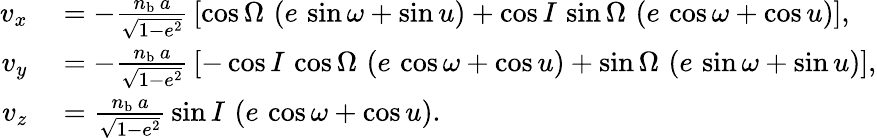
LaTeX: \begin{array}{rl}{v_{x}}&{{}=-\frac{n_{\mathrm{b}}\, a}{\sqrt{1-e^{2}}}\, \left[\cos\Omega\, \left(e\, \sin\omega+\sin u\right)+\cos I\, \sin\Omega\, \left(e\, \cos\omega+\cos u\right)\right],}\\ {v_{y}}&{{}=-\frac{n_{\mathrm{b}}\, a}{\sqrt{1-e^{2}}}\, \left[-\cos I\, \cos\Omega\, \left(e\, \cos\omega+\cos u\right)+\sin\Omega\, \left(e\, \sin\omega+\sin u\right)\right],}\\ {v_{z}}&{{}=\frac{n_{\mathrm{b}}\, a}{\sqrt{1-e^{2}}}\, \sin I\, \left(e\, \cos\omega+\cos u\right).}\end{array}